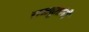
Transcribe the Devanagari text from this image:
राजदूतांनी